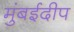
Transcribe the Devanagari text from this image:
मुंबईदीप